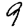
Digit: 9